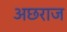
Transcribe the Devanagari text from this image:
अछराज